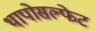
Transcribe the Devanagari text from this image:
थापोसल्फेट